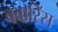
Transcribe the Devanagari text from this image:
बवारिंस